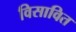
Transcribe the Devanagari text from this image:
विसावित